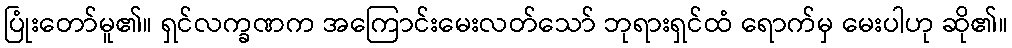
ပြုံးတော်မူ၏။ ရှင်လက္ခဏက အကြောင်းမေးလတ်သော် ဘုရားရှင်ထံ ရောက်မှ မေးပါဟု ဆို၏။